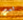
لست